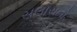
સલોરાનો